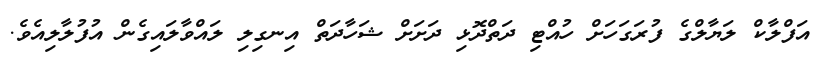
އަފްލާކް ލަޔާލްގެ ފުރަގަހަށް ހުއްޓި ދަތްދޮޅި ދަށަށް ޝަހާދަތް އިނގިލި ލައްވާލައިގެން އުފުލާލިއެވެ.